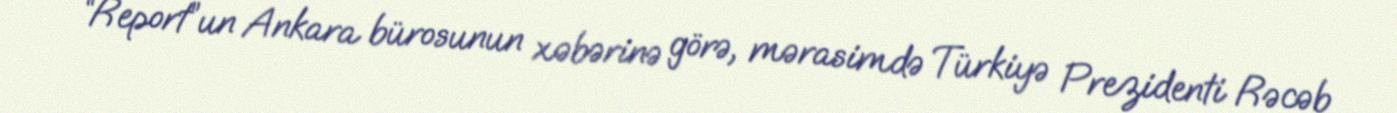
“Report”un Ankara bürosunun xəbərinə görə, mərasimdə Türkiyə Prezidenti Rəcəb